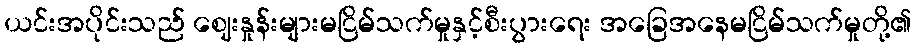
ယင်းအပိုင်းသည် ဈေးနှုန်းများမငြိမ်သက်မှုနှင့်စီးပွားရေး အခြေအနေမငြိမ်သက်မှုတို့၏